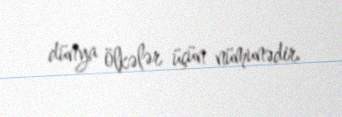
dünya ölkələr üçün nümunədir.